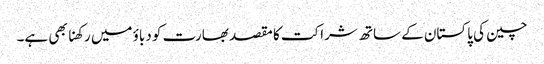
چین کی پاکستان کے ساتھ شراکت کا مقصد بھارت کو دباؤ میں رکھنا بھی ہے۔